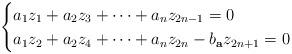
LaTeX: \begin{align*} \begin{cases} a_{1} z_1 +a_2 z_3 + \cdots + a_{n} z_{2n-1}=0 & \\ a_{1} z_2+ a_2 z_4 + \cdots +a_{n} z_{2n}- b_{\mathbf a}z_{2n+1}=0 \end{cases} \end{align*}